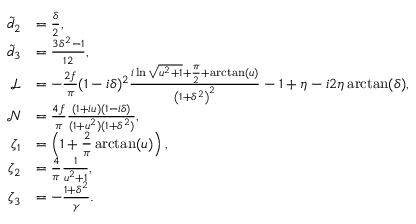
\begin{array} { r l } { \tilde { d } _ { 2 } } & { = \frac { \delta } { 2 } , } \\ { \tilde { d } _ { 3 } } & { = \frac { 3 \delta ^ { 2 } - 1 } { 1 2 } , } \\ { \mathcal { L } } & { = - \frac { 2 f } { \pi } ( 1 - i \delta ) ^ { 2 } \frac { i \ln \sqrt { u ^ { 2 } + 1 } + \frac { \pi } { 2 } + \arctan ( u ) } { \left( 1 + \delta ^ { 2 } \right) ^ { 2 } } - 1 + \eta - i 2 \eta \arctan ( \delta ) , } \\ { \mathcal { N } } & { = \frac { 4 f } { \pi } \frac { ( 1 + i u ) ( 1 - i \delta ) } { ( 1 + u ^ { 2 } ) ( 1 + \delta ^ { 2 } ) } , } \\ { \zeta _ { 1 } } & { = \left( 1 + \frac { 2 } { \pi } \arctan ( u ) \right) , } \\ { \zeta _ { 2 } } & { = \frac { 4 } { \pi } \frac { 1 } { u ^ { 2 } + 1 } , } \\ { \zeta _ { 3 } } & { = - \frac { 1 + \delta ^ { 2 } } { \gamma } . } \end{array}